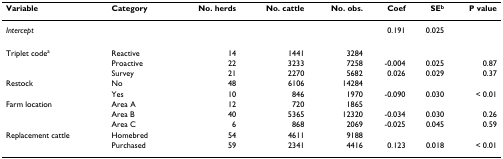
| Variable | Category | No. herds | No. cattle | No. obs. | Coef | SEb | P value |
 | --- | --- | --- | --- | --- | --- | --- | --- |
 | Intercept |  |  |  |  | 0.191 | 0.025 |  |
 | Triplet codea | Reactive | 14 | 1441 | 3284 |  |  |  |
 |  | Proactive | 22 | 3233 | 7258 | -0.004 | 0.025 | 0.87 |
 |  | Survey | 21 | 2270 | 5682 | 0.026 | 0.029 | 0.37 |
 | Restock | No | 48 | 6106 | 14284 |  |  |  |
 |  | Yes | 10 | 846 | 1970 | -0.090 | 0.030 | < 0.01 |
 | Farm location | Area A | 12 | 720 | 1865 |  |  |  |
 |  | Area B | 40 | 5365 | 12320 | -0.034 | 0.030 | 0.26 |
 |  | Area C | 6 | 868 | 2069 | -0.025 | 0.045 | 0.59 |
 | Replacement cattle | Homebred | 54 | 4611 | 9188 |  |  |  |
 |  | Purchased | 59 | 2341 | 4416 | 0.123 | 0.018 | < 0.01 |